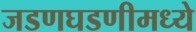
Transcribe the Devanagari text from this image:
जडणघडणीमध्ये